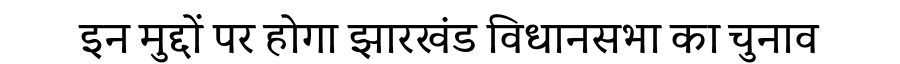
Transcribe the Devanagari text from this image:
इन मुद्दों पर होगा झारखंड विधानसभा का चुनाव